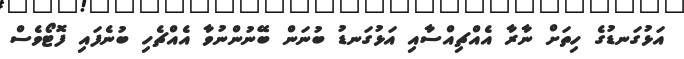
އަޅުގަނޑުގެ ހިތަށް ނާރާ އެއްޗިއްސާއި އަޅުގަނޑު ބުނަން ބޭނުންނުވާ އެއްޗެހި ބުނެފައި ފޮޓޯވެސް